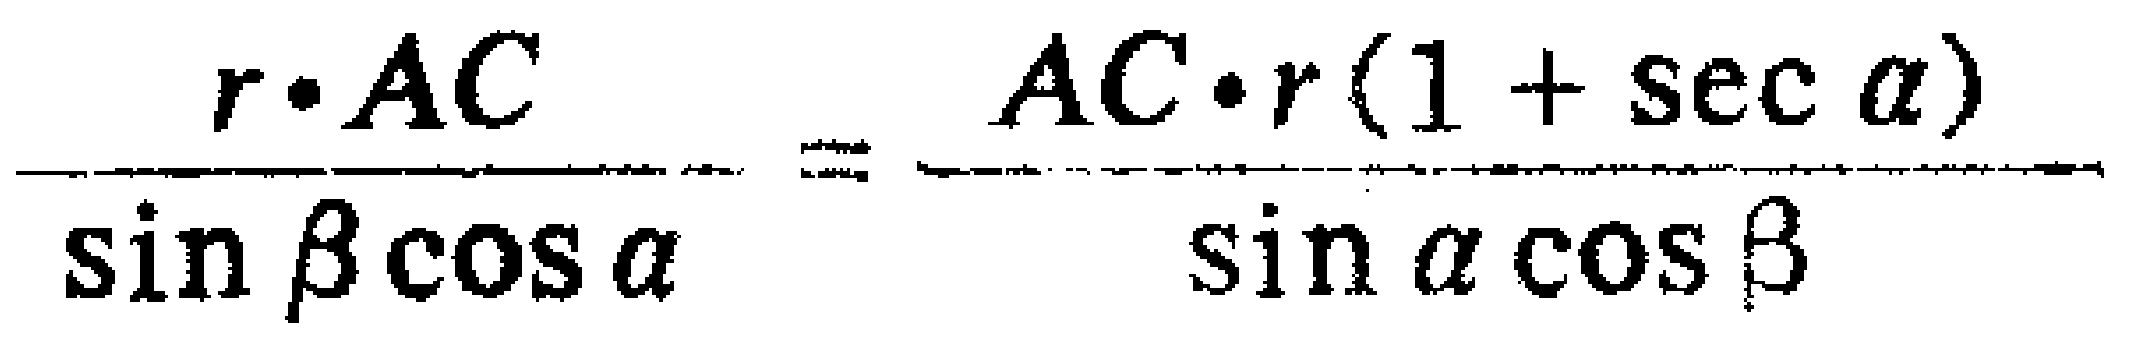
\(\frac{r\cdot AC}{\sin\beta\cos\alpha}=\frac{AC\cdot r(1 + \sec\alpha)}{\sin\alpha\cos\beta}\)